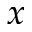
x